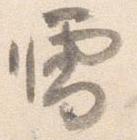
雪